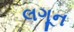
લગૂન